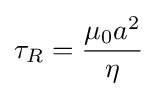
\tau _{R}={\frac {\mu _{0}a^{2}}{\eta }}